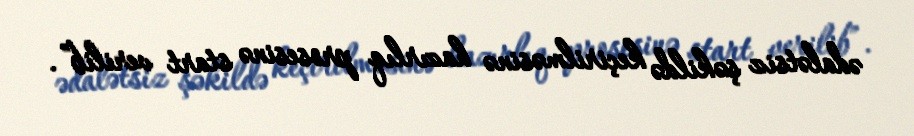
ədalətsiz şəkildə keçirilməsinə hazırlıq prosesinə start verilib”.